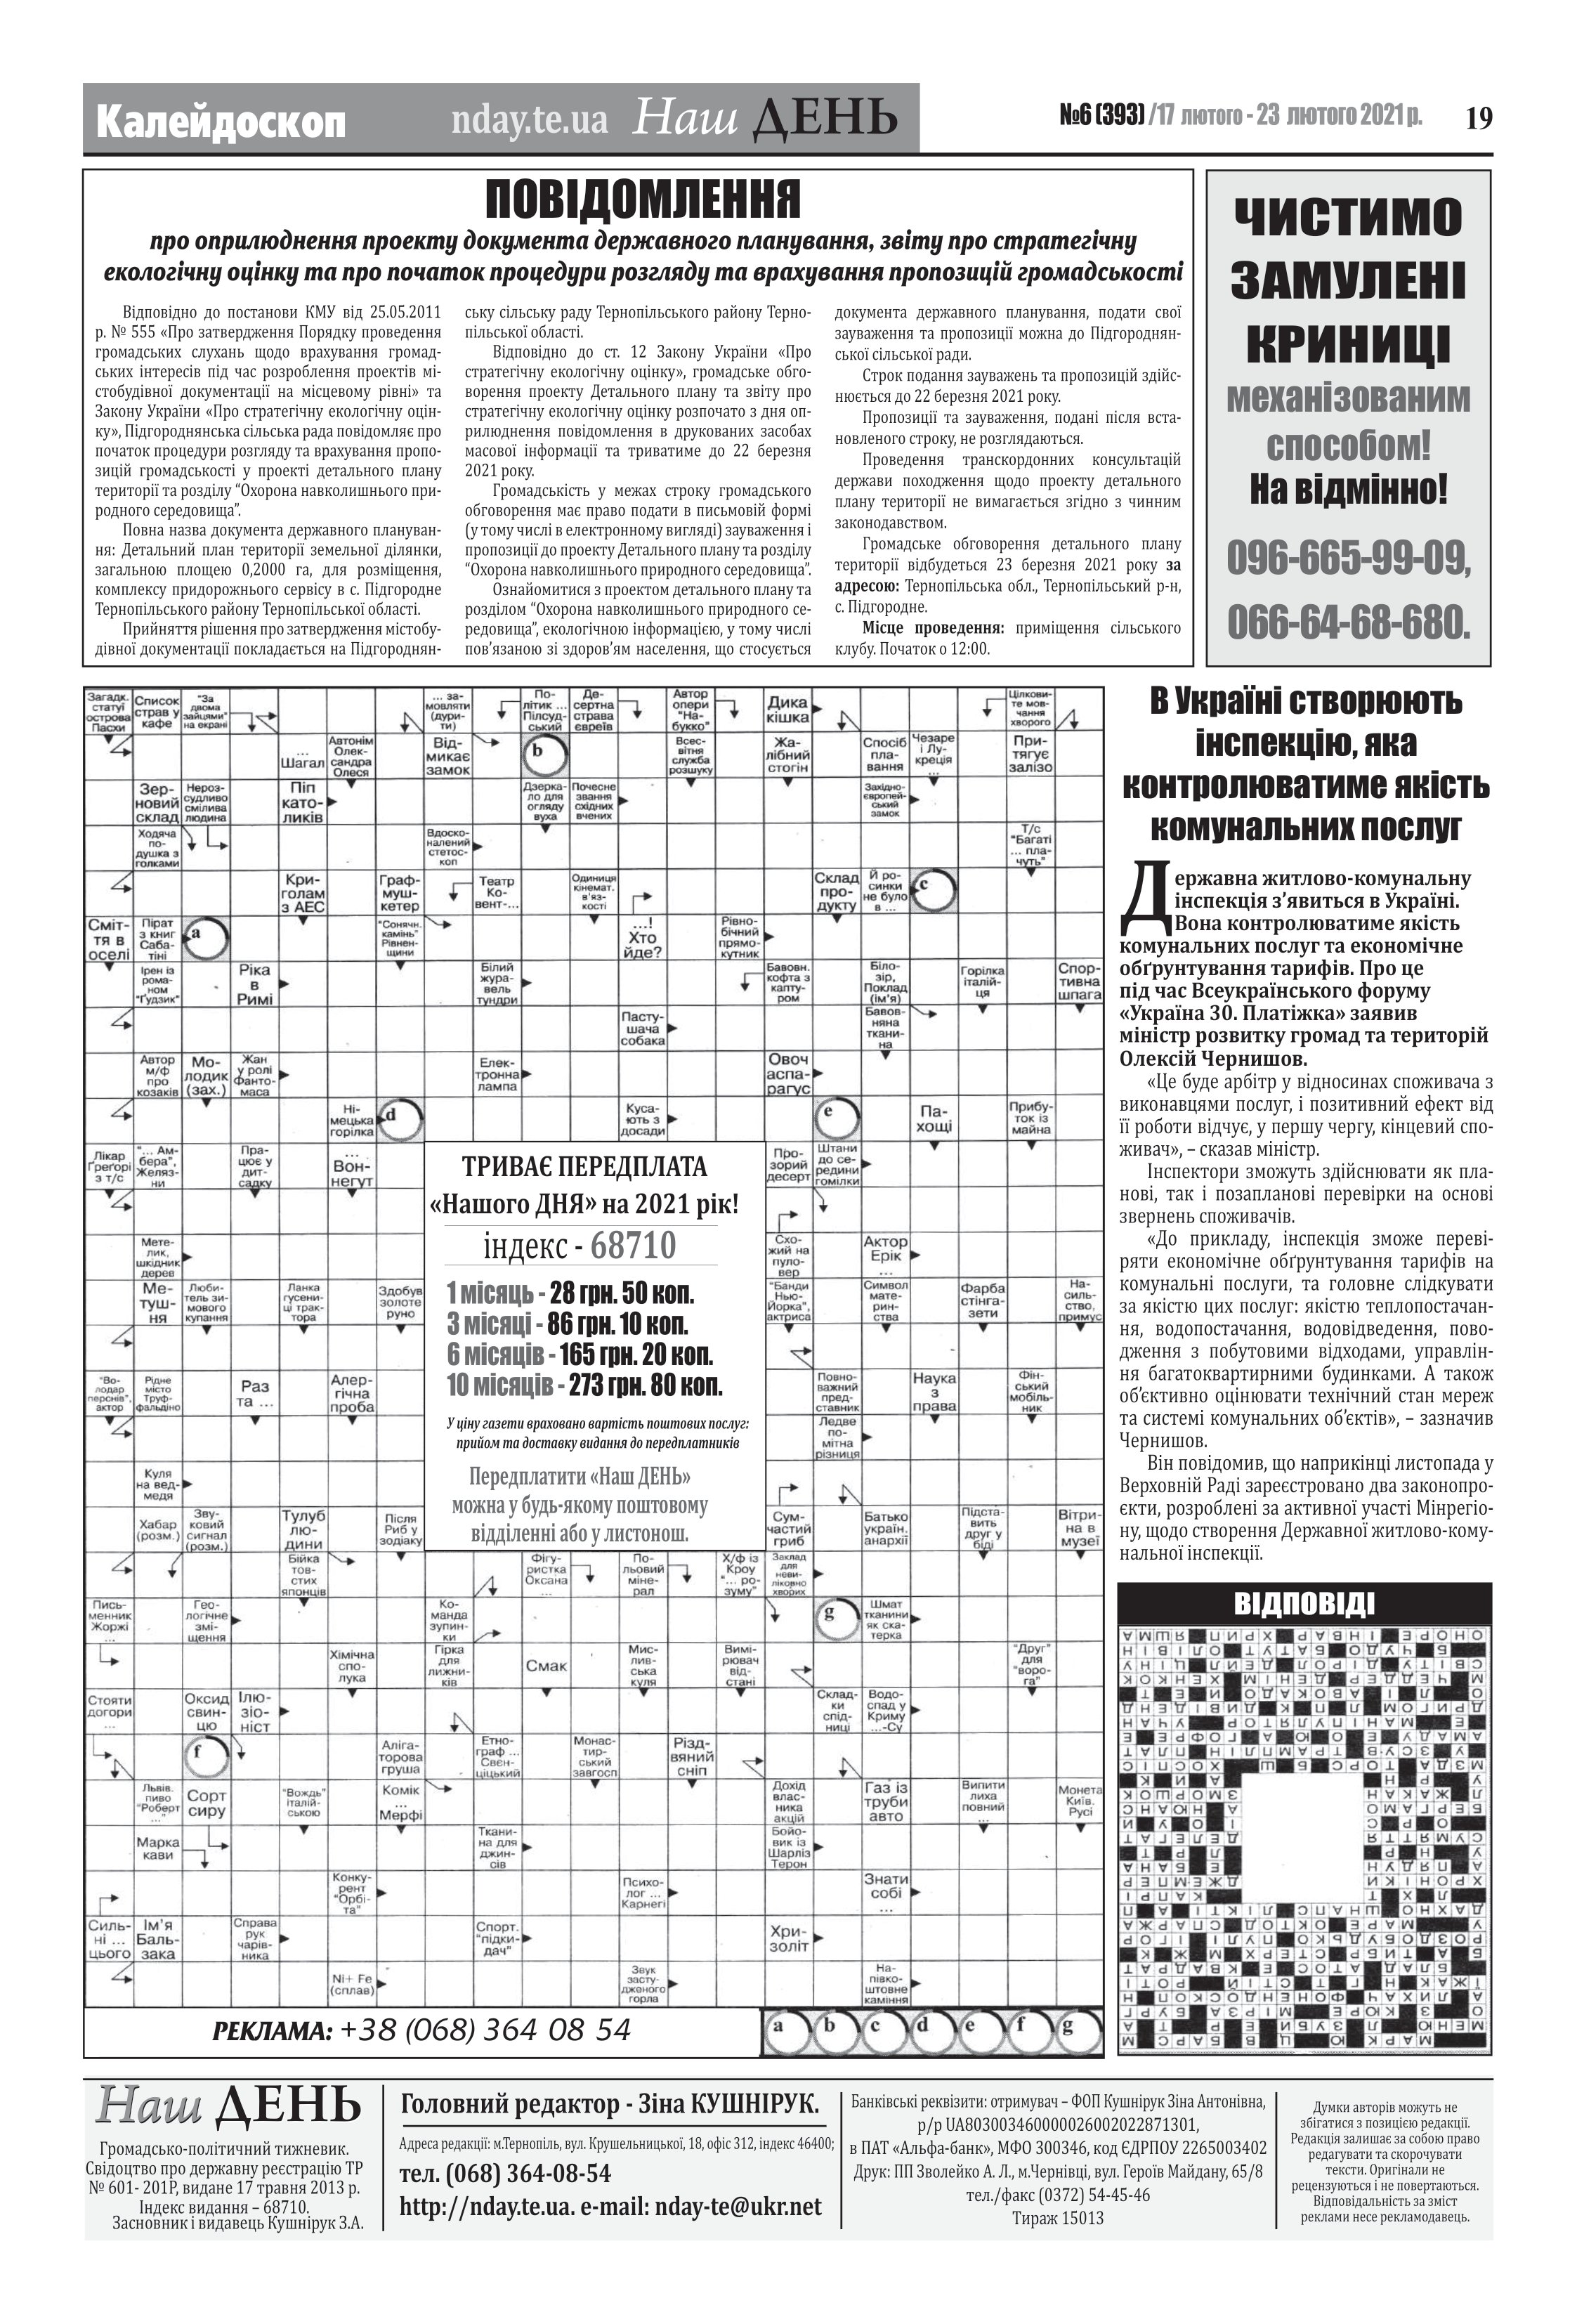
Language: uk